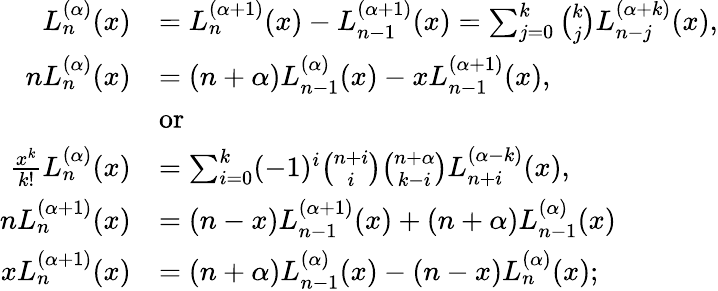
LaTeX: {\begin{array}{rl}{L_{n}^{(\alpha)}(x)}&{=L_{n}^{(\alpha+1)}(x)-L_{n-1}^{(\alpha+1)}(x)=\sum_{j=0}^{k}{\binom{k}{j}}L_{n-j}^{(\alpha+k)}(x),}\\ {nL_{n}^{(\alpha)}(x)}&{=(n+\alpha)L_{n-1}^{(\alpha)}(x)-xL_{n-1}^{(\alpha+1)}(x),}\\ &{{\mathrm{or~}}}\\ {{\frac{x^{k}}{k!}}L_{n}^{(\alpha)}(x)}&{=\sum_{i=0}^{k}(-1)^{i}{\binom{n+i}{i}}{\binom{n+\alpha}{k-i}}L_{n+i}^{(\alpha-k)}(x),}\\ {nL_{n}^{(\alpha+1)}(x)}&{=(n-x)L_{n-1}^{(\alpha+1)}(x)+(n+\alpha)L_{n-1}^{(\alpha)}(x)}\\ {xL_{n}^{(\alpha+1)}(x)}&{=(n+\alpha)L_{n-1}^{(\alpha)}(x)-(n-x)L_{n}^{(\alpha)}(x);}\end{array}}